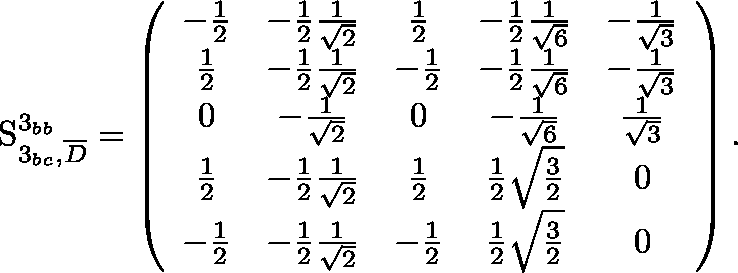
{ \boldmath \mathrm { S } } _ { 3 _ { b c } , \overline { { D } } } ^ { 3 _ { b b } } = \left( \begin{array} { c c c c c } { { - { \frac { 1 } { 2 } } } } & { { - { \frac { 1 } { 2 } } { \frac { 1 } { { \sqrt { 2 } } } } } } & { { { \frac { 1 } { 2 } } } } & { { - { \frac { 1 } { 2 } } { \frac { 1 } { { \sqrt { 6 } } } } } } & { { - { \frac { 1 } { { \sqrt { 3 } } } } } } \\ { { { \frac { 1 } { 2 } } } } & { { - { \frac { 1 } { 2 } } { \frac { 1 } { { \sqrt { 2 } } } } } } & { { - { \frac { 1 } { 2 } } } } & { { - { \frac { 1 } { 2 } } { \frac { 1 } { { \sqrt { 6 } } } } } } & { { - { \frac { 1 } { { \sqrt { 3 } } } } } } \\ { { 0 } } & { { - { \frac { 1 } { { \sqrt { 2 } } } } } } & { { 0 } } & { { - { \frac { 1 } { { \sqrt { 6 } } } } } } & { { { \frac { 1 } { { \sqrt { 3 } } } } } } \\ { { { \frac { 1 } { 2 } } } } & { { - { \frac { 1 } { 2 } } { \frac { 1 } { { \sqrt { 2 } } } } } } & { { { \frac { 1 } { 2 } } } } & { { { \frac { 1 } { 2 } } { \sqrt { { \frac { 3 } { 2 } } } } } } & { { 0 } } \\ { { - { \frac { 1 } { 2 } } } } & { { - { \frac { 1 } { 2 } } { \frac { 1 } { { \sqrt { 2 } } } } } } & { { - { \frac { 1 } { 2 } } } } & { { { \frac { 1 } { 2 } } { \sqrt { { \frac { 3 } { 2 } } } } } } & { { 0 } } \end{array} \right) .